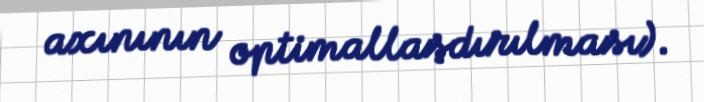
axınının optimallaşdırılması).